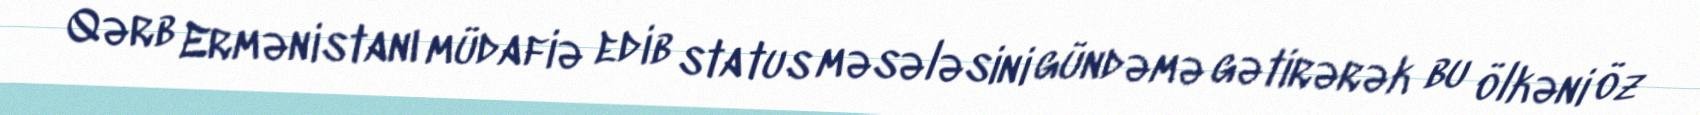
Qərb Ermənistanı müdafiə edib status məsələsini gündəmə gətirərək bu ölkəni öz